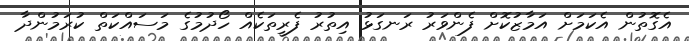
އެގޮތުން އެކަމަށް އަމާޒުކޮށް ފެންވަރު ރަނގަޅު އިތުރު ފެރީތަކެއް ހޯދުމުގެ މަސައްކަތް ކުރަމުންދާ